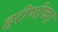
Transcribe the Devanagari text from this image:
हरीणीच्या